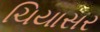
ચિયાસર